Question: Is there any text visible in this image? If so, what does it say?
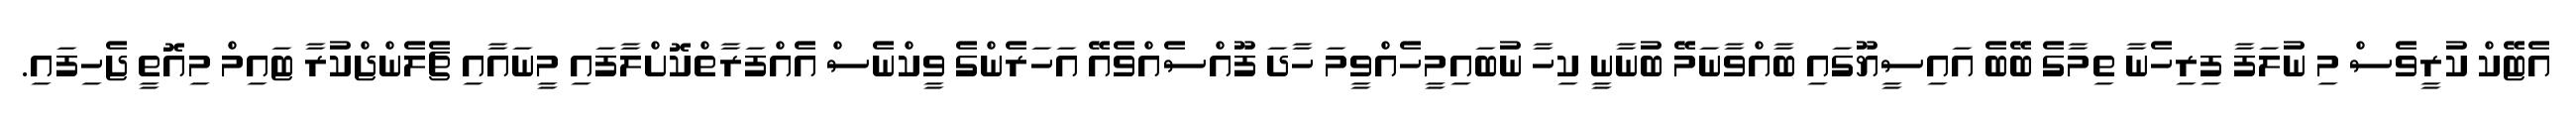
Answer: އެޓޭކް ކުރީވެސް މި ނުލަފާ ފިރިހެނާ ތިމާގެ ބޭބެ އައިސީޔޫގައި ބާއްވާނަމޭ ބުނާނީ ކިހާ ނުބައިމީހެއްވީމަ ހާދަ ފޫއްސެއްވެއޭ އަހަރެންގެ ވީކްނެސް އެއްފަރާތްކޮށްލާފައި މީނައާއި ޗެލެންޖްކުރާ ޓައިމް މިއޮތީ ޖެހިފައި.